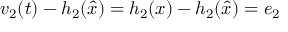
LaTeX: v _ { 2 } ( t ) - h _ { 2 } ( { \hat { x } } ) = h _ { 2 } ( x ) - h _ { 2 } ( { \hat { x } } ) = e _ { 2 }